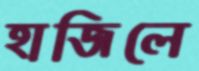
হাজিলে